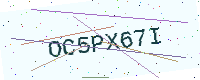
Text: OC5PX67I